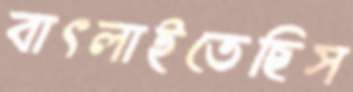
বাৎলাইতেছিস